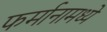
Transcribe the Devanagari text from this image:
फर्मानामध्ये